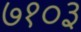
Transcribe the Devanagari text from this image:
७१०३